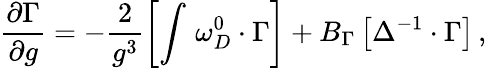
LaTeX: \frac{\partial\Gamma}{\partial g}=-\frac 2{g^{3}}\left[\int\, \omega_{D}^{0}\cdot\Gamma\right]+B_{\Gamma}\left[\Delta^{-1}\cdot\Gamma\right]\, ,